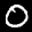
Label: 0